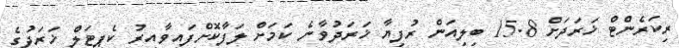
ރިކަރެންޓް ޚަރަދަށް 15.8 ބިލިއަން ރުފިޔާ ޚަރަދުވާނެ ކަމަށް ލަފާކޮށްފައިވާއިރު ކެޕިޓަލް ޚަރަދުގެ